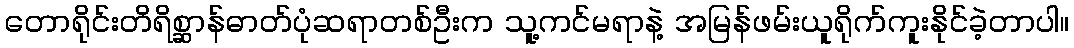
တောရိုင်းတိရိစ္ဆာန်ဓာတ်ပုံဆရာတစ်ဦးက သူ့ကင်မရာနဲ့ အမြန်ဖမ်းယူရိုက်ကူးနိုင်ခဲ့တာပါ။